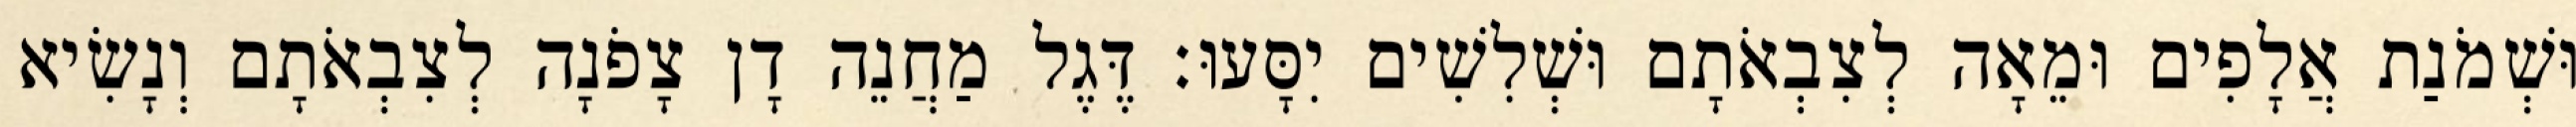
וּשְׁמֹנַת אֲלָפִים וּמֵאָה לְצִבְאֹתָם וּשְׁלִשִׁים יִסָּעוּ׃ דֶּגֶל מַחֲנֵה דָן צָפֹנָה לְצִבְאֹתָם וְנָשִׂיא